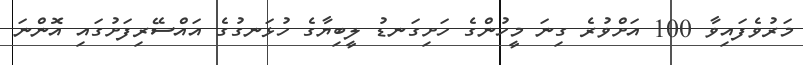
މަރުވެފައިވާ 100 އަށްވުރެ ގިނަ މީހުންގެ ހަށިގަނޑު ލީބިޔާގެ ހުޅަނގުގެ އައްސޭރިފަށުގައި އޮންނަ